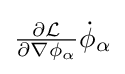
{\textstyle {\frac {\partial {\mathcal {L}}}{\partial \nabla \phi _{\alpha }}}{\dot {\phi }}_{\alpha }}